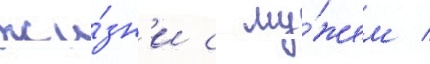
жи́зн'и с му́жем /